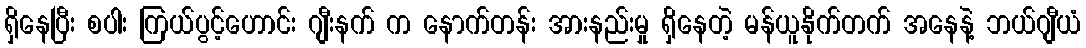
ရှိနေပြီး စပါး ကြယ်ပွင့်ဟောင်း ဂျီးနက် က နောက်တန်း အားနည်းမှု ရှိနေတဲ့ မန်ယူနိုက်တက် အနေနဲ့ ဘယ်ဂျီယံ